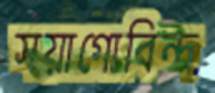
সয়াগোবিন্দ